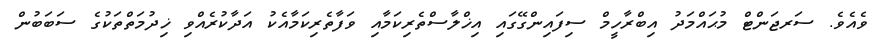
ވެއެވެ. ސަރޖަންޓް މުޙައްމަދު އިބްރާހީމް ސިފައިންގޭގައި އިޚްލާސްތެރިކަމާއި ވަފާތެރިކަމާއެކު އަދާކުރެއްވި ޚިދުމަތްތަކުގެ ސަބަބުން